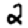
Digit: 2